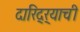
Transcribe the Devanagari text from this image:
दारिद्‌र्‍याची